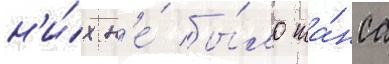
н'и́х н'е́ бы́ло ша́нса